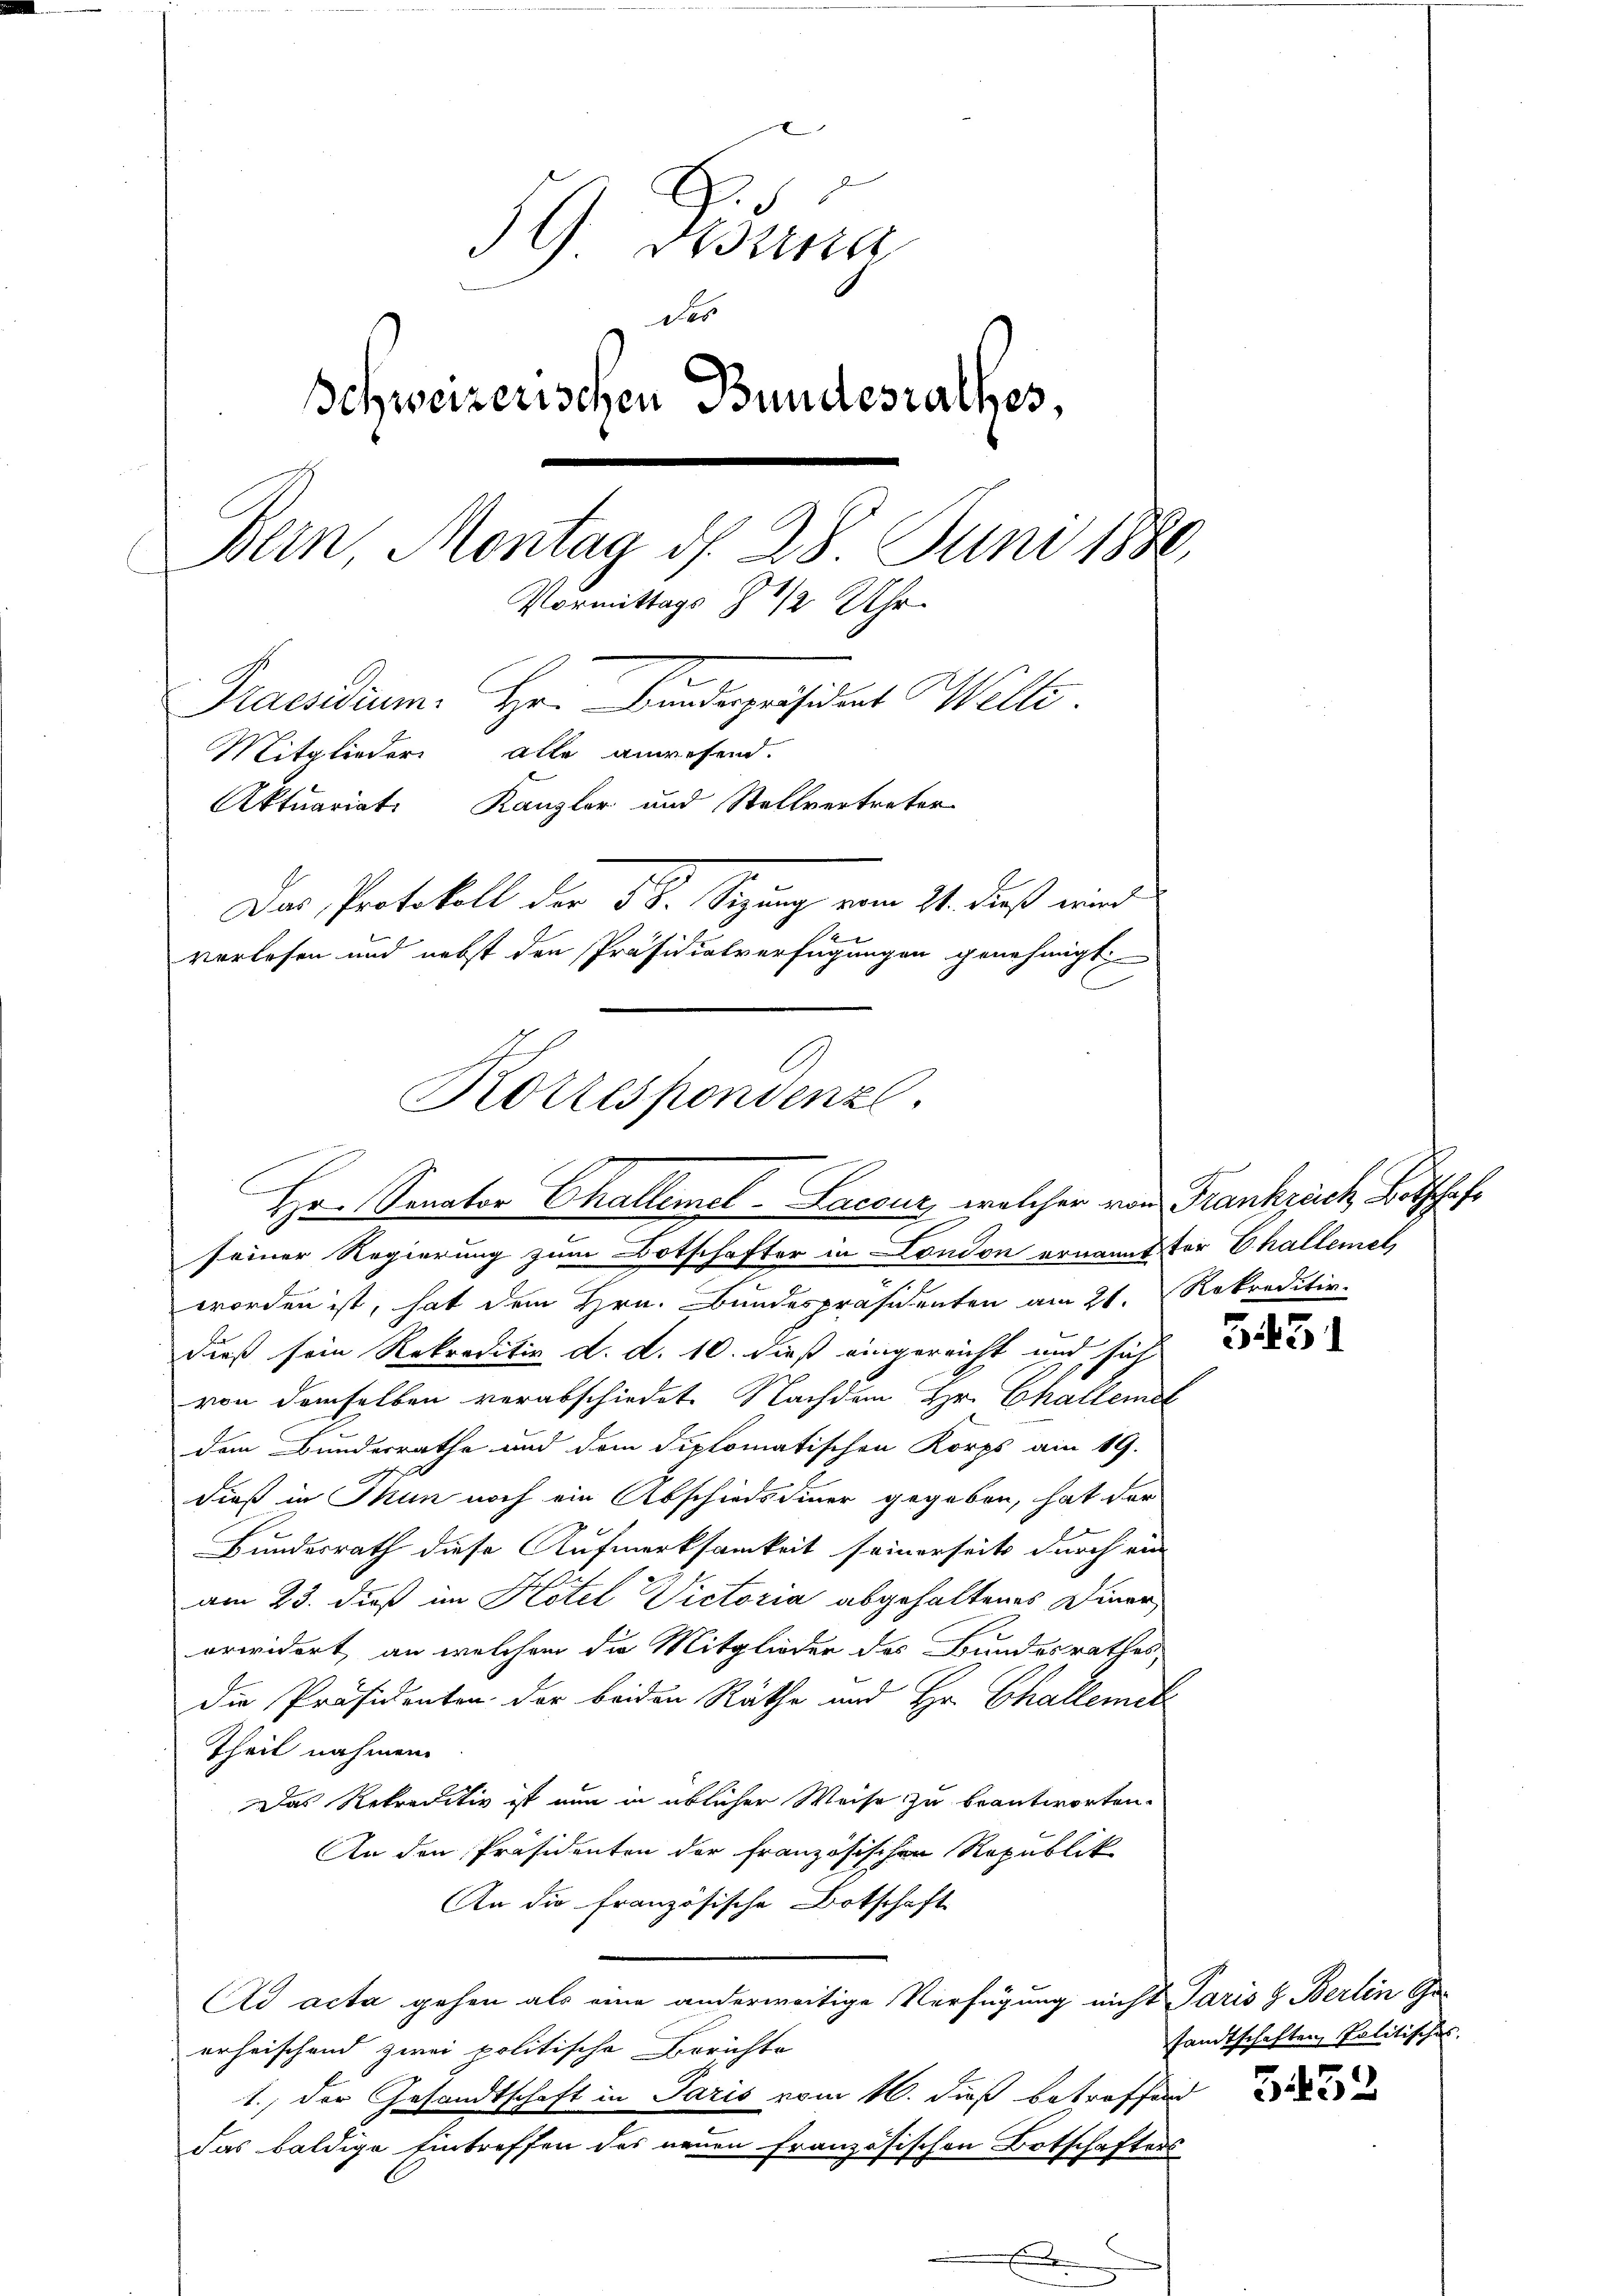
59 Brauna
des
Schweizerischen Bundesrathes,
Bern, Montag d. 28. Juni 1880.
Vormittags 8 1/2 Uhr.
Praesidium. Hr. Findespräsident Wille.
Mitglieder alle anwesend.
Aktuariat Kanzler und Stellvertreter
Das Protokoll der 5 S. Sigung vom 21. dieß wird
Se
verlesen und nebst den Präsidialverfügungen genehmigt.

Korrespondenzl.
Hr. Senator Challemel-Lacour, welcher von Frankzeich Botschaft

seiner Regierung zum Botschafter in Condon ernannt der Challemet
worden ist, hat dem Hrn. Bundespräsidenten am 21. Rekreditir
dieß sein Rekreditiv d. d. 10. dieß eingereicht und sich
von demselben verabschiedet. Nachdem Hr. Challemat
dem Bundesrathe und dem diplomatischen Korps am 19.
dieß in Thun noch ein Abschiedsdinner gegeben, hat der
Bundesrath diese Aufmerksamkeit seinerseits durch ein
am 23. dieß im Hotel Victoria abgehaltenes Diner
erwidert, an welchem die Mitglieder des Bundesrathes
die Präsidenten der beiden Räthe und Hr. Challemet
Theil nahmen.
Das Rekraditiv ist nun in üblicher Weise zu beantworten.
An den Präsidenten der Französischen Republik
An die französische Botschaft
Ad acta gehen als eine anderweitige Verfügung nicht Paris & Berlin Ge-
erheischend zwei politische Berichte
1.) Der Gesandtschaft in Paris vom 16. dieß betroffend
das baldige Eintreffen des neuen Französischen Botschafters
E

5451

sandtschaften Politisches.

5452